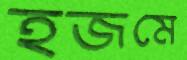
হজমে